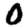
Digit: 0